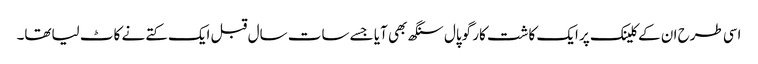
اسی طرح ان کے کلینک پر ایک کاشت کار گوپال سنگھ بھی آیا جسے سات سال قبل ایک کتے نے کاٹ لیاتھا۔